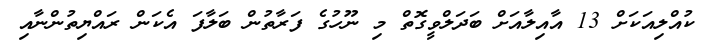
ކުއްލިއަކަށް 13 އާއިލާއަށް ބަދަލްވީގޮތް މި ނޫހުގެ ފަރާތުން ބަލާފަ އެކަން ރައްޔިތުންނާއި